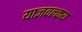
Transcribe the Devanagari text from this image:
याज्ञवल्कय